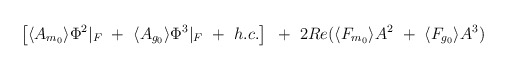
\begin{align*}\left[ \langle A_{m_0}\rangle \Phi^2 \vert_F ~+~\langle A_{g_0}\rangle\Phi^3\vert_F ~+~ h.c. \right]{}~+~ 2Re( \langle F_{m_0} \rangle A^2 ~+~ \langle F_{g_0} \rangle A^3 )\end{align*}